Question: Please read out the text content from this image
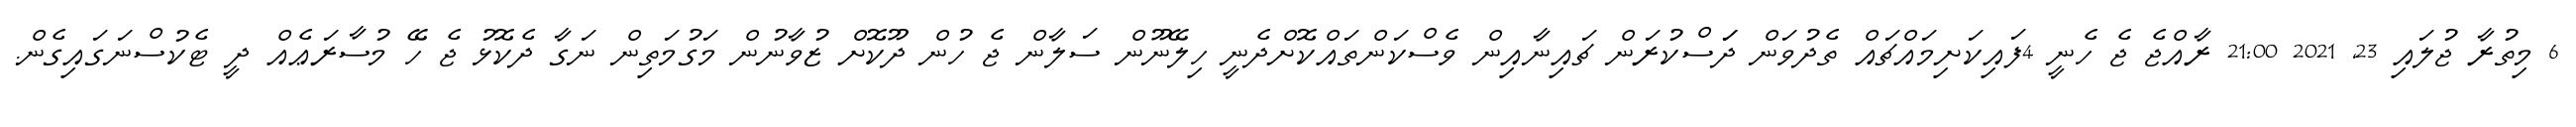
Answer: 6 މިތުރާ ޖުލައި 23, 2021 21:00 ރާއްޖެ ޖެ ހެނީ 4ފައިކަށިމައްޗައް ތެދުވަން ދަަސްކުރަން ޗައިނާއިން ވެސްކަންތައްކޮށްދެނީ ހިލޭނޫން ސަލާން ޖެ ހުން ދޫކޮށް ޒުވާނުން މަގުމަތިން ނަގާ ދެކޮޅު ޖެ ހޭ މުސާރަޢެއް ދީ ޓެކުސްނަގައިގެން.